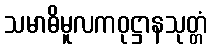
သမာဓိမူလကဝုဋ္ဌာနသုတ္တံ